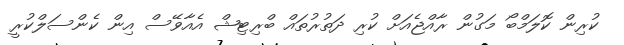
ކުރިން ކޮލަމްބޯ މަގުން ރާއްޖެއަށް ކުރި ދަތުރުތައް ބްރިޓިޝް އެއާވޭސް އިން ކެންސަލްކުރީ